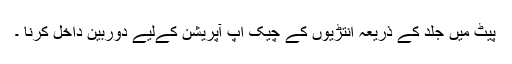
پیٹ میں جلد کے ذریعہ انتڑیوں کے چيک اپ آپریشن کےلیے دوربین داخل کرنا ۔